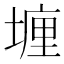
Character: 𡏂